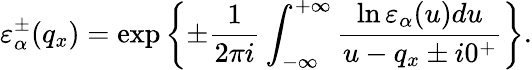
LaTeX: \varepsilon_{\alpha}^{\pm}({{q}_{x}})=\exp\left\{ \pm\frac{1}{2\pi i}\int_{-\infty}^{+\infty}{\frac{\ln{{\varepsilon}_{\alpha}}(u)du}{u-{{q}_{x}}\pm i{{0}^{+}}}}\right\} .